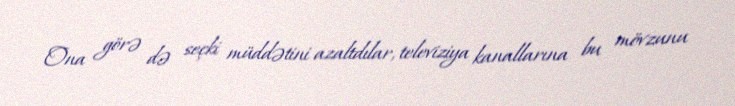
Ona görə də seçki müddətini azaltdılar, televiziya kanallarına bu mövzunu